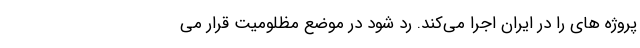
پروژه های را در ایران اجرا می‌کند. رد شود در موضع مظلومیت قرار می